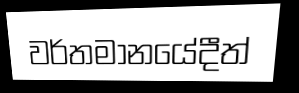
වර්තමානයේදීත්